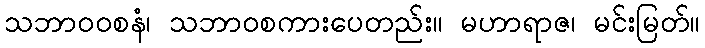
သဘာဝဝစနံ၊ သဘာဝစကားပေတည်း။ မဟာရာဇ၊ မင်းမြတ်။